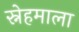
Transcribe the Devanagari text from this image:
स्नेहमाला